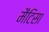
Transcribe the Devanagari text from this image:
मैंटिसा